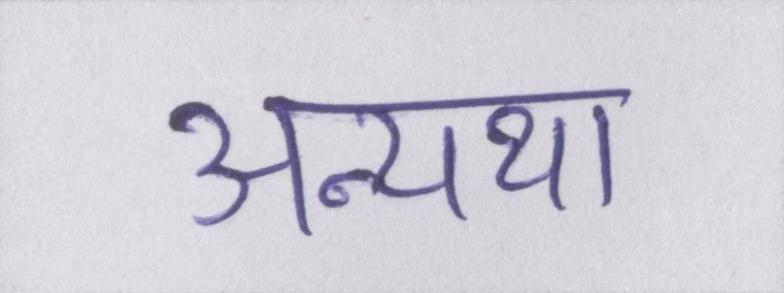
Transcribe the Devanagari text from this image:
अन्यथा